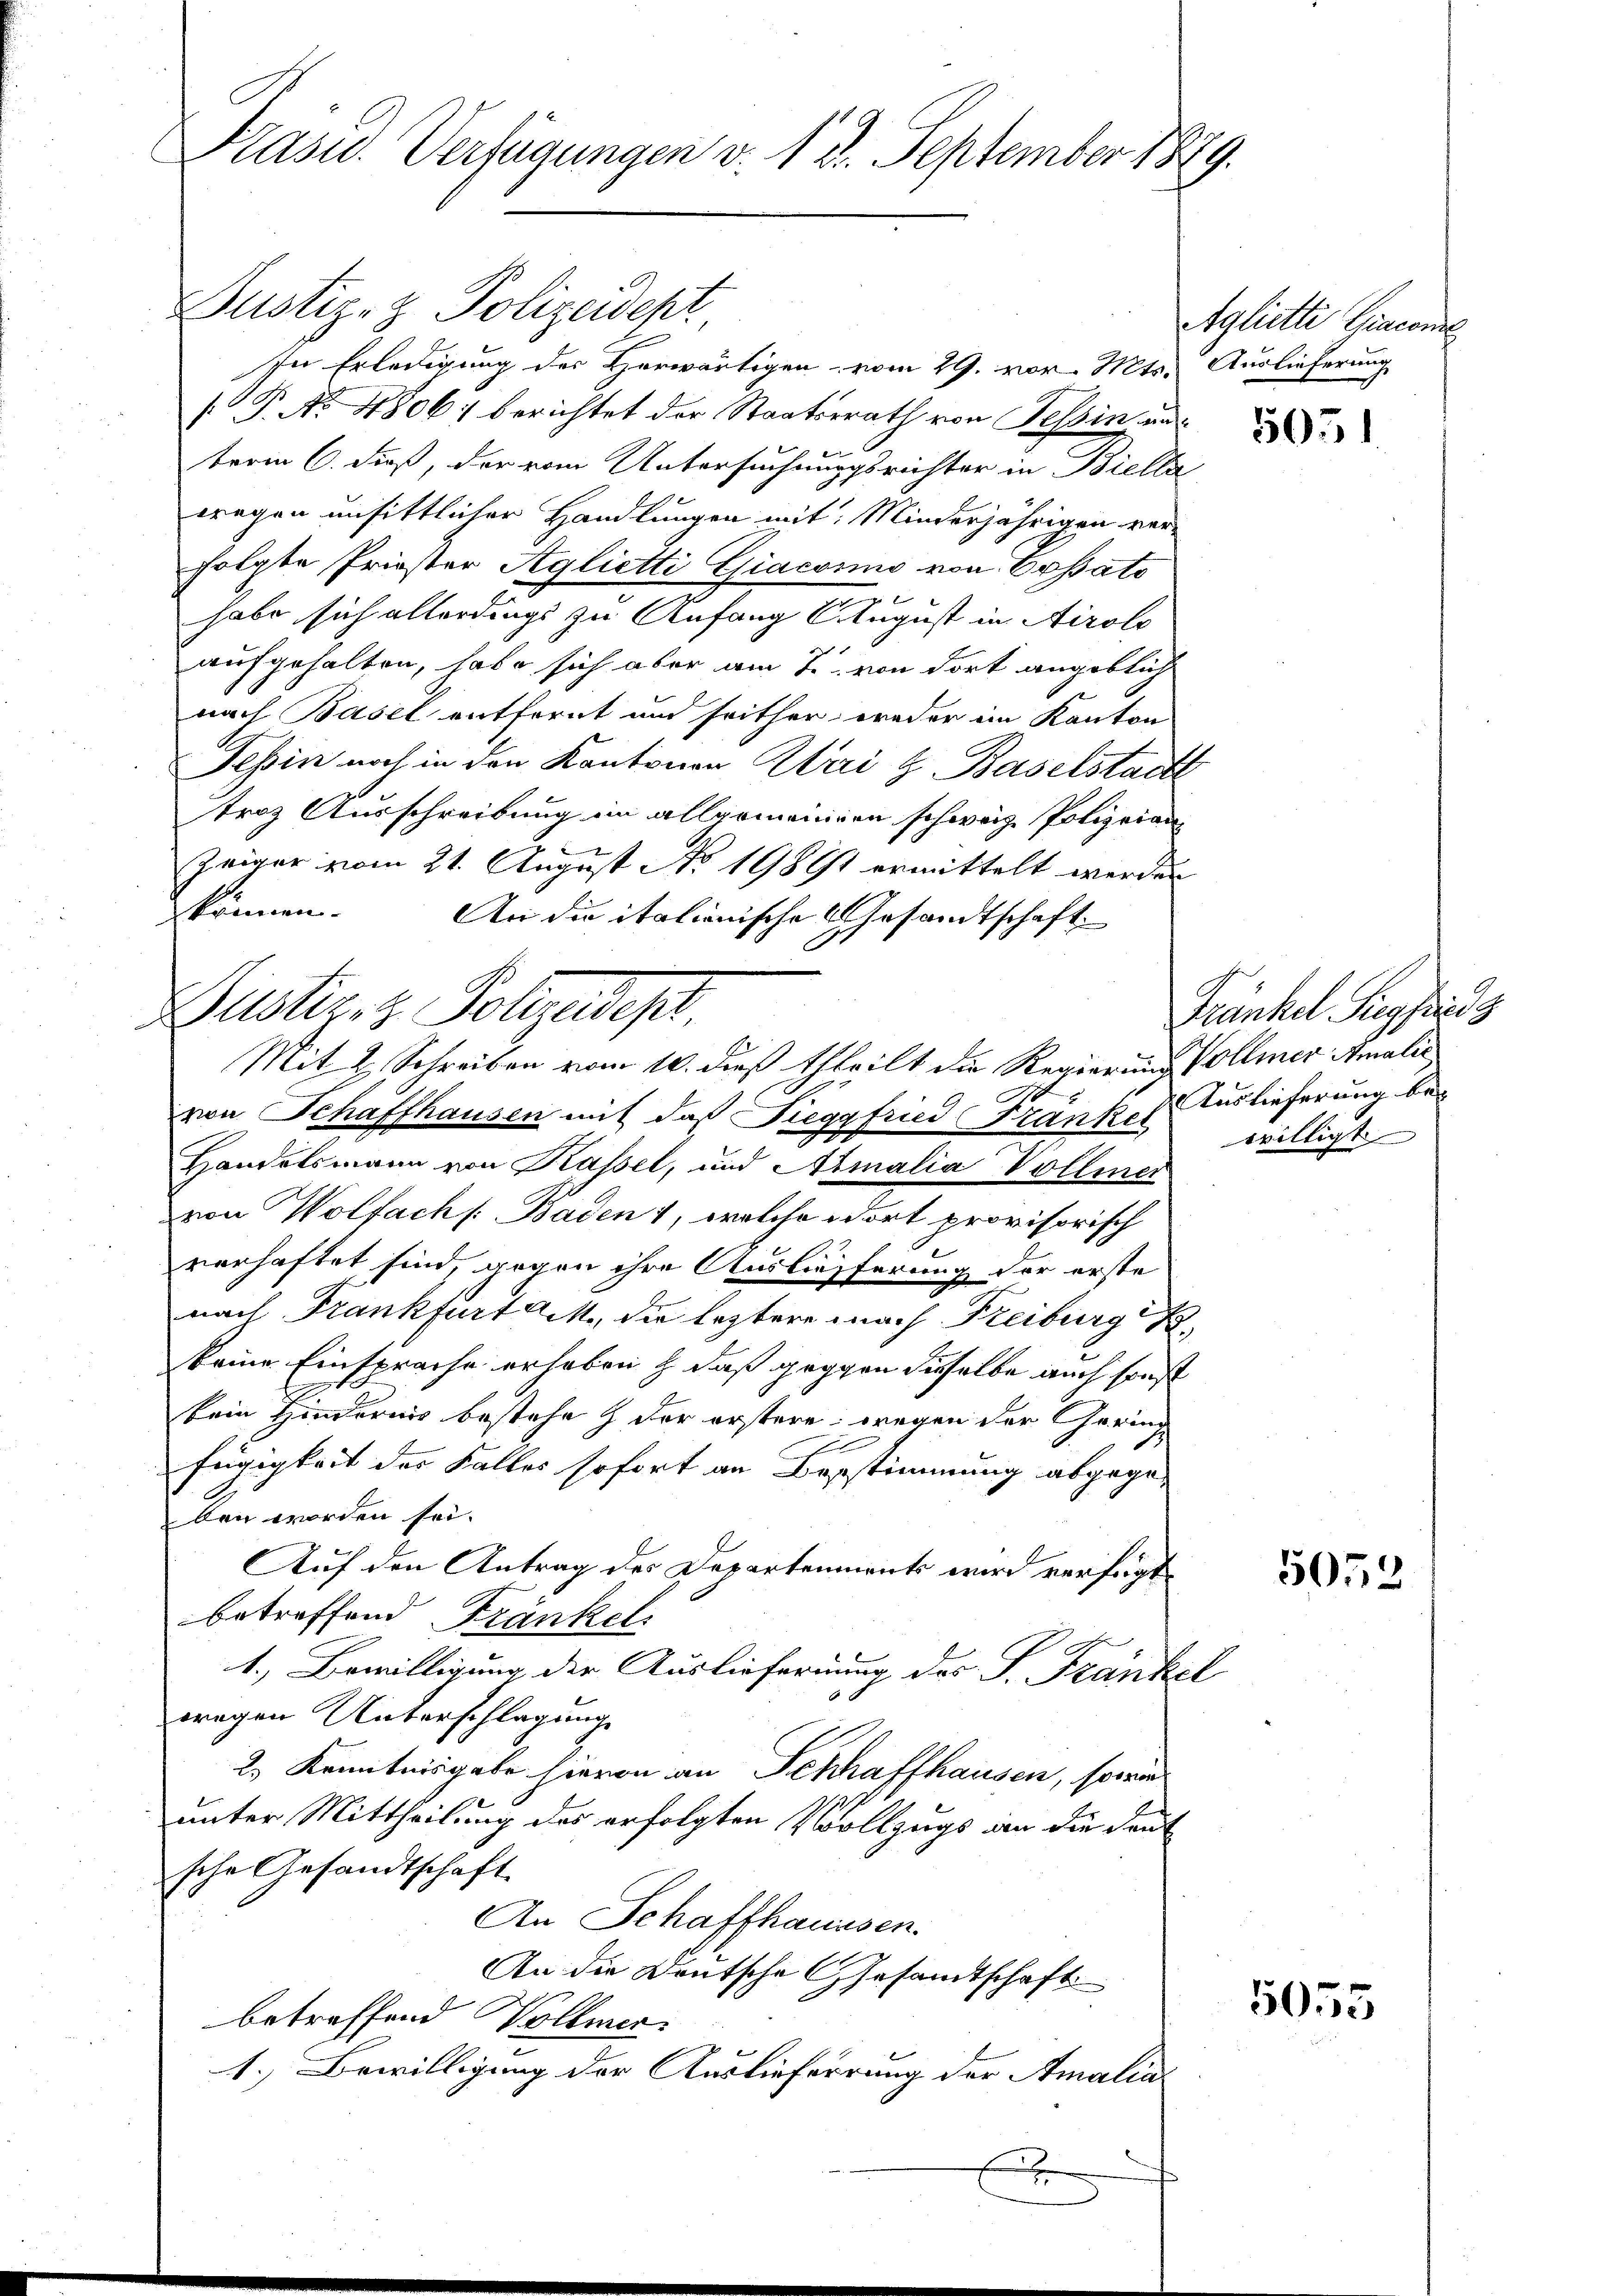
Präsid.. Verfügungen v. 12. September 1879.

Justiz- & Polizeidepr
In Erledigung des Herwärtigen vom 29. vor. Mts. Auslieferung
[P. No 4806) berichtet der Staatsrath von Tessin unterm 6. dieß, der vom Untersuchungsrichter in Bielle
wegen unsittlicher Handlungen mit: Minderjährigen verfolgte Priester Aglietti Giaconus von Cassato

habe sich allerdings zu Anfang August in Airolo
aufgehalten, habe sich aber am 2. von dort angeblich
nach Basel entfernt und seither weder im Kanton
Tessin noch in den Kantonen Mai l. Baselstadt
troz Ausschreibung im allgemeinen schweiz. Polizeian
.
Zeiger vom 21. August No 19861 ermittelt werden
können.
An die italienische Gesandtschaft
von Schaffhausen mit daß Siegfried Fränkel Auslieferung be¬
9
Handelsmann von Kassel, und Amalia Vollmer
von Wolfach Baden 1, welche dort provisorisch
verhaftet sind, gegen ihre Auslieferung der erste
nach Frankfurt a. M., die leztere nach Freiburg B
keine Einsprache erhaben, daß gegen dieselbe auch sonst
kein Hindernis bestehe & der erstere wegen der Gering
fügigkeit des Falles sofort an Bestimmung abgegeben worden sei.
Auf den Antrag des Departenments wird verfügt
betreffend Fränkel.
1.) Bewilligung der Ausliefernung des P. Fränkel
wegen Unterschlagung
2.) Kenntnisgabe hievon an Schaffhausen, sowa
unter Mittheilung des erfolgten Vollzugs an die Deut
sche Gesandtschaft
An Schaffhaussen.
An die Deutsche Gesamtschaft
betreffend Vollmer.
1.) Bewilligung der Auslieferrung der Amalia¬
E

Dustizit Polizeidept.
Mit 2 Schreiben vom 10. dieß theilt die Regierung Vollmer Amalić

Agliitte Giacone

5051

Fränkel Siegfrid s
willigt

5058

5055